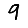
Digit: 9